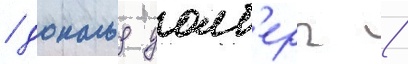
/ дональд уолб'ерг /